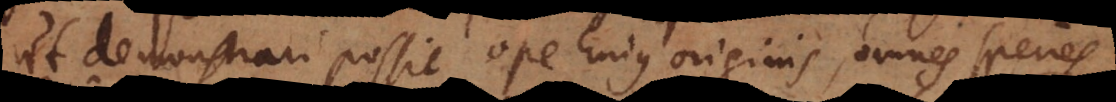
ut demonstrari possit ope hujus originis, omnes species